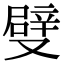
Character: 𠮃